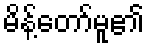
မိန့်တော်မူ၏